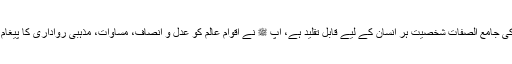
وزیراعظم عمران خان نے اپنے پیغام میں کہا ہے کہ آپ ﷺ کی جامع الصفات شخصیت ہر انسان کے لیے قابل تقلید ہے، آپ ﷺ نے اقوام عالم کو عدل و انصاف، مساوات، مذہبی رواداری کا پیغام دیا، آج وہ نظام دیکھنے کی نہ معلوم کتنی آنکھیں منتظر ہیں۔